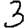
Digit: 3